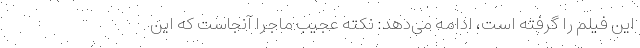
این فیلم را گرفته است، ادامه می‌دهد: نکته عجیب ماجرا آنجاست که این